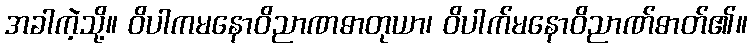
အခါကဲ့သို့။ ဝိပါကမနောဝိညာဏဓာတုယာ၊ ဝိပါက်မနောဝိညာဏ်ဓာတ်၏။